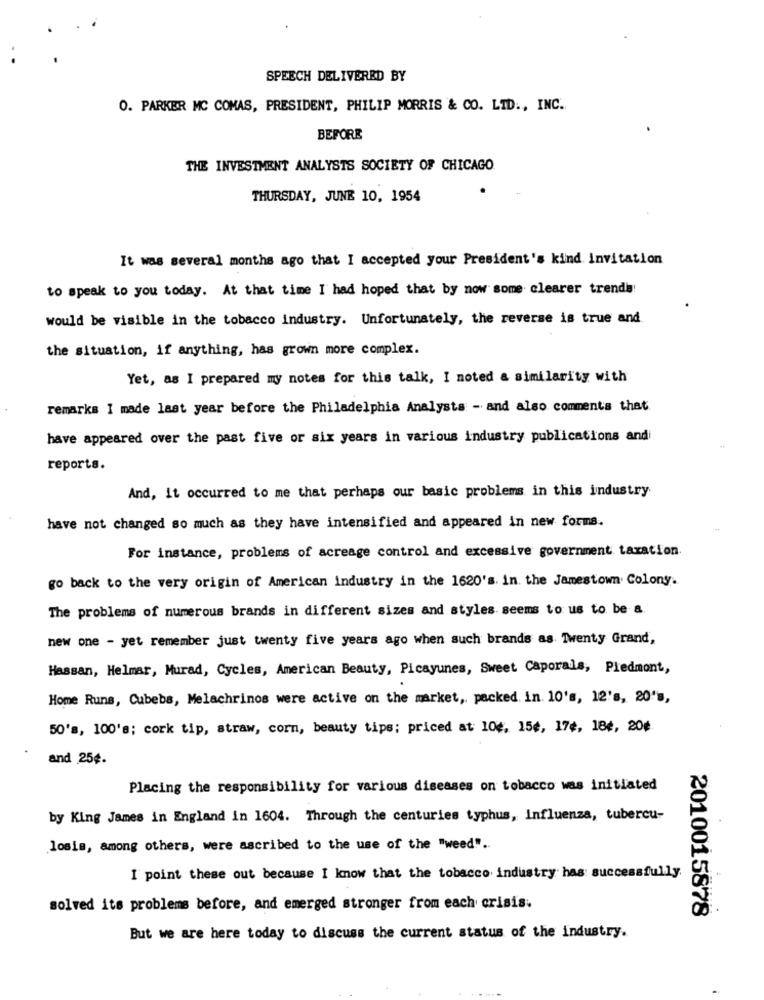
SPEECH DELIVERED BY
O. PARKER MC COMAS, PRESIDENT, PHILIP MORRIS & CO. LTD ., INC.
BEFORE
THE INVESTMENT ANALYSTS SOCIETY OF CHICAGO
THURSDAY, JUNE 10, 1954
It was several months ago that I accepted your President's kind Invitation
to speak to you today. At that time I had hoped that by now some clearer trende
would be visible in the tobacco industry. Unfortunately, the reverse is true and
the situation, if anything, has grown more complex.
Yet, as I prepared my notes for this talk, I noted a similarity with
remarks I made last year before the Philadelphia Analysts - and also comments that
have appeared over the past five or six years in various industry publications andi
reports.
And, it occurred to me that perhaps our basic problems in this industry
have not changed so much as they have intensified and appeared in new forms.
For instance, problems of acreage control and excessive government taxation
go back to the very origin of American industry in the 1620's. in. the Jamestown Colony.
The problems of numerous brands in different sizes and styles seems to us to be a.
new one - yet remember just twenty five years ago when such brands as Twenty Grand,
Hassan, Helmar, Murad, Cycles, American Beauty, Picayunes, Sweet Caporals, Piedmont,
Home Runs, Cubebs, Melachrinos were active on the market, packed. in. 10's, 12's, 20's,
50's, 100's; cork tip, straw, corn, beauty tips; priced at 106, 15¢, 17¢, 186, 20€
and 25¢.
Placing the responsibility for various diseases on tobacco was initiated
by King James in England in 1604. Through the centuries typhus, Influenza, tubercu-
losis, among others, were ascribed to the use of the "weed".
I point these out because I know that the tobacco industry has successfully.
solved its problems before, and emerged stronger from each crisis.
2010015878
But we are here today to discuss the current status of the industry.